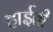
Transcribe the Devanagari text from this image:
हाईती